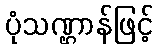
ပုံသဏ္ဌာန်ဖြင့်